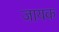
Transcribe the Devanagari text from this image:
जायक